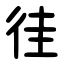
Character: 徍